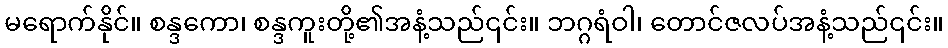
မရောက်နိုင်။ စန္ဒကော၊ စန္ဒကူးတို့၏အနံ့သည်၎င်း။ ဘဂ္ဂရံဝါ၊ တောင်ဇလပ်အနံ့သည်၎င်း။